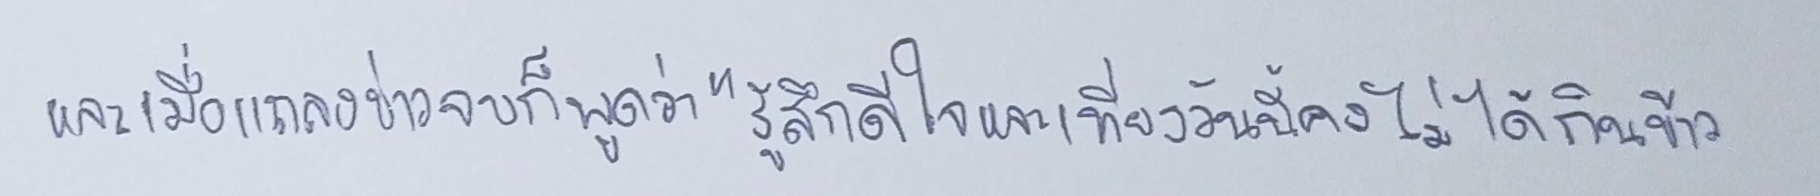
และเมื่อแถลงข่าวจบก็พูดว่า"รู้สึกดีใจและเที่ยงวันนี้คงไม่ได้กินข้าว